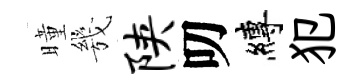
曈㡬陕叨縛犯